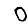
Digit: 0